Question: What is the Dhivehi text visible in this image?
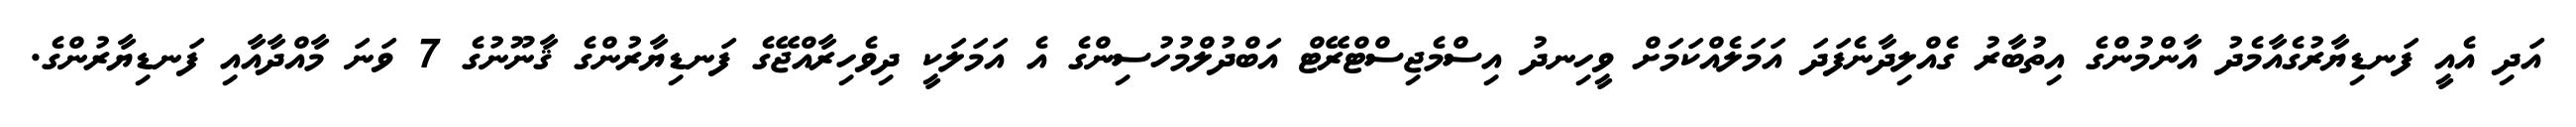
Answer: އަދި އެއީ ފަނޑިޔާރުގެއާމެދު އާންމުންގެ އިތުބާރު ގެއްލިދާނެފަދަ އަމަލެއްކަމަށް ވީހިނދު އިސްމެޖިސްޓްރޭޓް އަބްދުލްމުހުސިންގެ އެ އަމަލަކީ ދިވެހިރާއްޖޭގެ ފަނޑިޔާރުންގެ ޤާނޫނުގެ 7 ވަނަ މާއްދާއާއި ފަނޑިޔާރުންގެ.